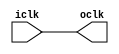
//clock buffer
module clkbuff(input iclk,output oclk);

buf b1(oclk,iclk);

endmodule